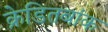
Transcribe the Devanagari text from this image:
क्रेडितबांक